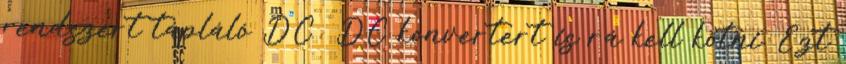
rendszert tápláló DC DC konvertert is rá kell kötni. Ezt